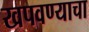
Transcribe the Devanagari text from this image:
खपवण्याचा